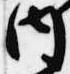
内